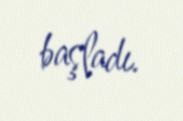
başladı.